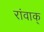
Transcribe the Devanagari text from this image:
रांवाक्